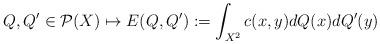
LaTeX: \begin{align*} Q,Q'\in\mathcal P(X)\mapsto E(Q,Q'):=\int_{X^2}c(x,y) dQ(x) dQ'(y)\end{align*}